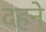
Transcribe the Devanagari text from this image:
दहने